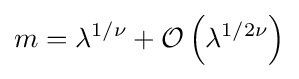
m=\lambda ^{1/\nu }+{\mathcal {O}}\left(\lambda ^{1/2\nu }\right)